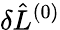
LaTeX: \delta\hat{L}^{(0)}